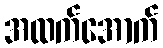
အထက်အောက်